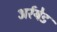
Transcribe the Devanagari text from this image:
अर्रयेड